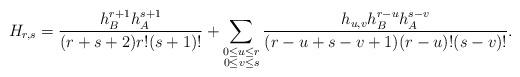
LaTeX: \begin{align*} H_{r,s}=\frac{h_{B}^{r+1}h_{A}^{s+1}}{(r+s+2)r! (s+1)!}+\sum_{\substack{0\leq u\leq r\\0\leq v \leq s}}\frac{h_{u,v}h_{B}^{r-u}h_{A}^{s-v}}{(r-u+s-v+1)(r-u)!(s-v)!}. \end{align*}